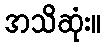
အသိဆုံး။